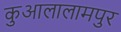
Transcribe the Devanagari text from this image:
कुआलालामपुर